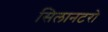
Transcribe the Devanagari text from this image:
सिलानटरो